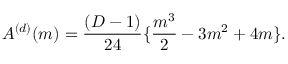
A ^ { ( d ) } ( m ) = \frac { ( D - 1 ) } { 2 4 } \{ \frac { m ^ { 3 } } { 2 } - 3 m ^ { 2 } + 4 m \} .